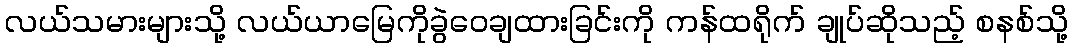
လယ်သမားများသို့ လယ်ယာမြေကိုခွဲဝေချထားခြင်းကို ကန်ထရိုက် ချုပ်ဆိုသည့် စနစ်သို့